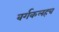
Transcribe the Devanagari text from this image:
वर्गकलहच